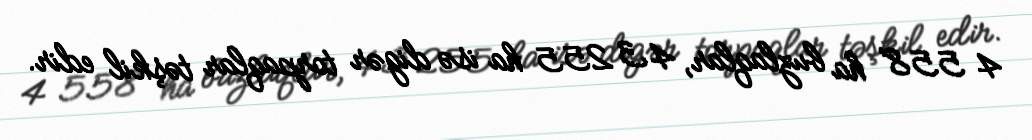
4 558 ha buzlaqlar, 43 255 ha isə digər torpaqlar təşkil edir.